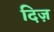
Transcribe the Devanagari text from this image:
दिज़